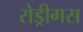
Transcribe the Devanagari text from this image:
रोड्रीगस